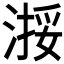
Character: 𬈗